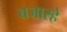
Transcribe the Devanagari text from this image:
बजारहे